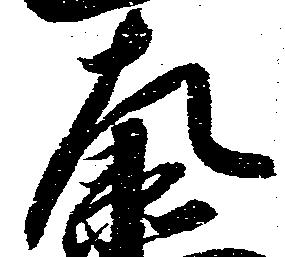
左